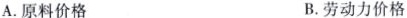
A. 原料价格 B. 劳动力价格